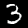
Label: 3